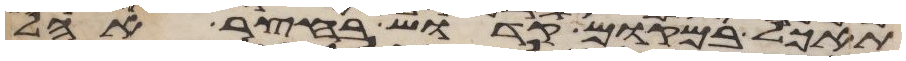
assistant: תאכל במקום קדוש בחצר אהל